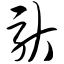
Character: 驮